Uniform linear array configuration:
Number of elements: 24
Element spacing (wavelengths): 0.25
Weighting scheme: binomial
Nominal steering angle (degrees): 0
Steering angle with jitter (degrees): -1.051
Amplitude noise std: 0.05
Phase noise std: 0.05

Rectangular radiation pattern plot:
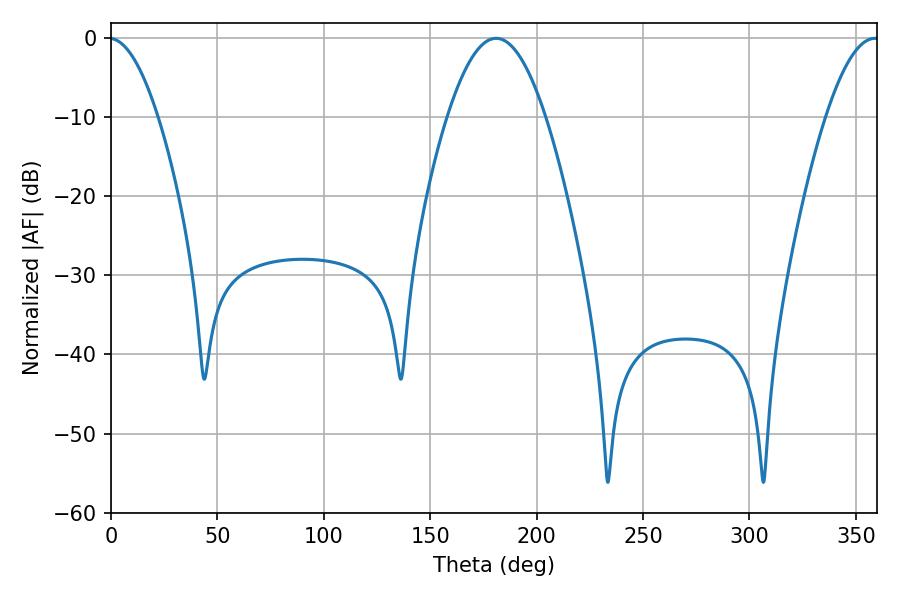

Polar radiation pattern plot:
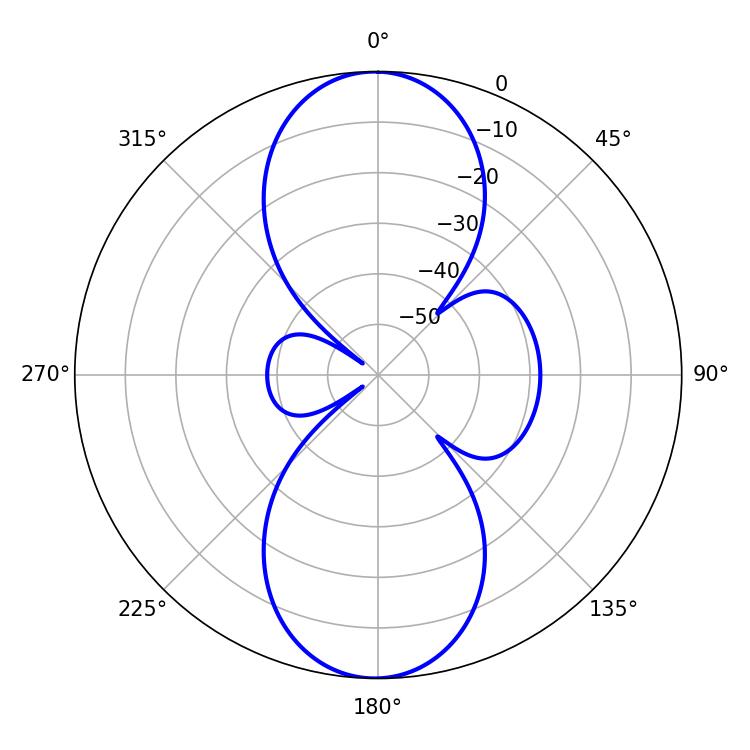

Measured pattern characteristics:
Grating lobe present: FALSE
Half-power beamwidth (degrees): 25.02
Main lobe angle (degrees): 180.9